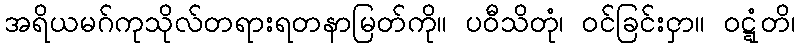
အရိယမဂ်ကုသိုလ်တရားရတနာမြတ်ကို။ ပဝီသိတုံ၊ ဝင်ခြင်းငှာ။ ဝဋ္ဋံတိ၊